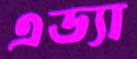
এড্যা